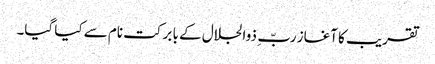
تقریب کا آغاز ربّ ِ ذوالجلال کے با برکت نام سے کیا گیا۔